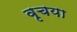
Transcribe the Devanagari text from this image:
वृचया